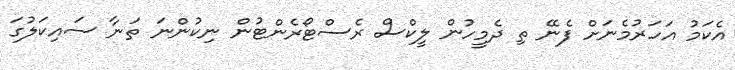
އެކަމު އަހަރުމެނަށް ފެނޭ ތި ދެމީހުން ލީކްސް ރެސްޓޯރެންޓުން ނިކުންނަ ތަނާ ސައިކަލުގަ